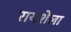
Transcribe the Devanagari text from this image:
रायशेला